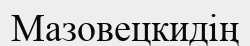
Мазовецкидің